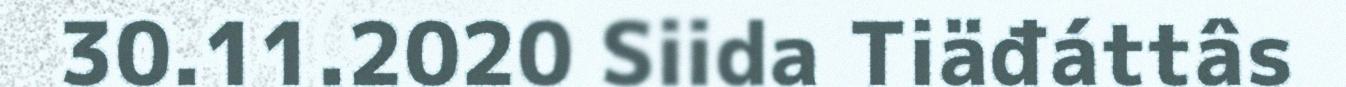
30.11.2020 Siida Tiäđáttâs